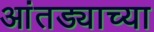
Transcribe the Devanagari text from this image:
आंतड्याच्या